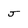
Character: j